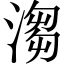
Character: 𣺥